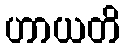
ဟာယတိ